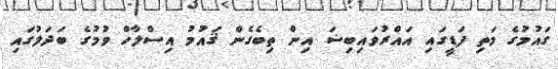
ގައުމުގެ މަތި ފަޑީގައި އައްރުވައިބިޟަ އިން ތިބެގެން ޤައުމު އިސްލާހް ވުމުގެ ބަދަލުގައި